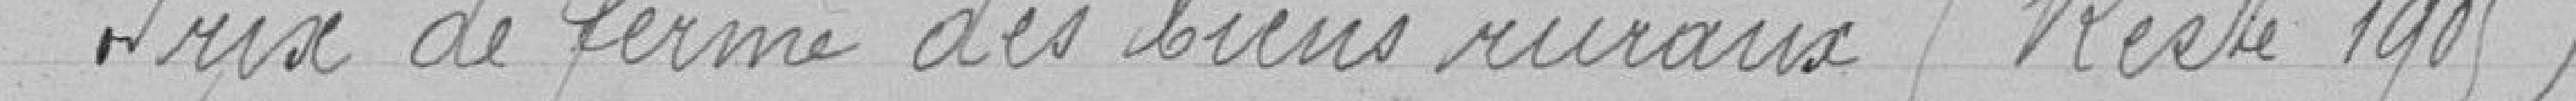
Prix de ferme des biens ruraux (reste 1905)